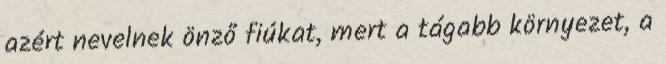
azért nevelnek önző fiúkat, mert a tágabb környezet, a